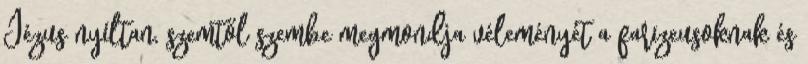
Jézus nyíltan, szemtől szembe megmondja véleményét a farizeusoknak és